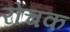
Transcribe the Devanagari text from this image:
रोंचक